Civil Veterinary Department. United Provinces 1912-22 - 1912-1922
Year: 1912
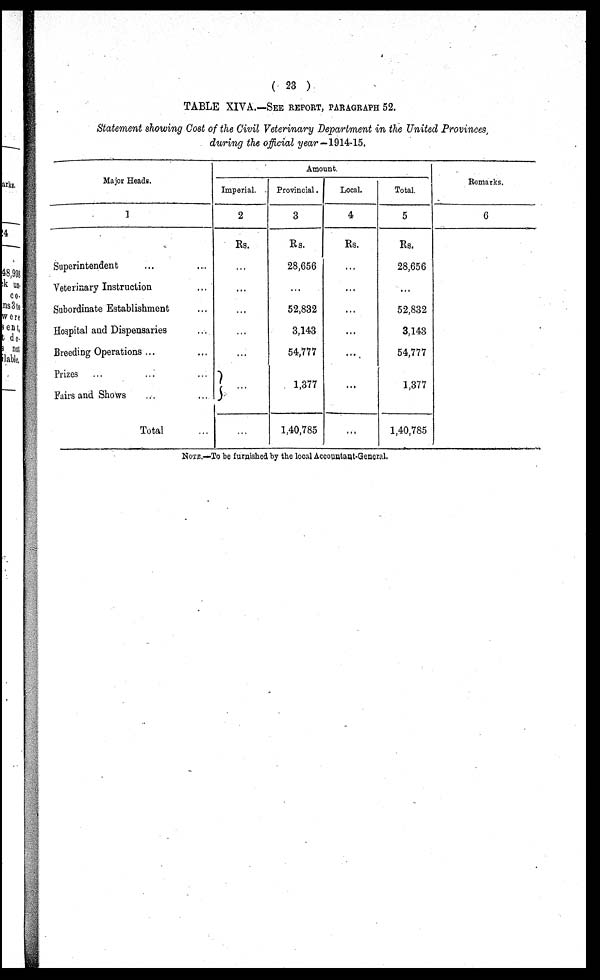
( 23 )
TABLE XIVA.—SEE REPORT, PARAGRAPH 52.
Statement showing Cost of the Civil Veterinary Department in the United Provinces,
during the official year —1914-15.
Major Heads.
1
Superintendent … …
Veterinary Instruction …
Subordinate Establishment …
Hospital and Dispensaries …
Breeding Operations ... …
Prizes … … …
Fairs and Shows … …
Total …
Amount.
Imperial.
2
Rs.
…
…
…
…
…
…
…
Provincial.
3
Rs.
28,656
...
52,832
3,143
54,777
1,377
1,40,785
Local.
4
Rs.
...
...
...
...
...
...
Total.
5
Rs.
28,656
...
52,832
3,143
54,777
1.377
1,40,785
Remarks.
6
NOTE.—To be furnished by the local Accouutant-General,